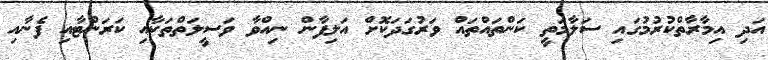
އަދި އިމާރާތްކުރުމުގައި ސަލާމަތީ ކަންތައްތައް ވަރުގަދަކޮށް އަލިފާން ނިއްވާ ވަސީލަތްތަކާއި ކަރަންޓާއި ފެނާއި